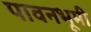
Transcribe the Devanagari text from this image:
पावनभूमी